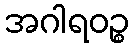
အဂါရဝဉ္စ